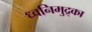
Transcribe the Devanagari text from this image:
ध्वनिमुद्र्का